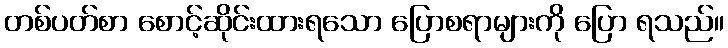
တစ်ပတ်စာ စောင့်ဆိုင်းထားရသော ပြောစရာများကို ပြော ရသည်။